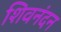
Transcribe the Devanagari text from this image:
शिवनंदन